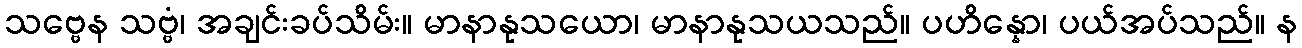
သဗ္ဗေန သဗ္ဗံ၊ အချင်းခပ်သိမ်း။ မာနာနုသယော၊ မာနာနုသယသည်။ ပဟိန္နော၊ ပယ်အပ်သည်။ န